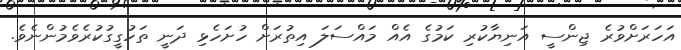
އަހަރަށްވުރެ ޖިންސީ އަނިޔާކުރި ކަމުގެ އެއް މައްސަލަ އިތުރަށް ހުށަހެޅި ދަނީ ތަހުގީގުކުރެވެމުންނެވެ.